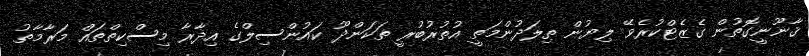
ޤާނޫނީގޮތުން ގެޒެޓްކުރެވޭ ލިޔުން ތިލަދުންމަތީ އުތުރުބުރީ ތަކަންދޫ ކައުންސިލްގެ އިދާރާ މިސްކިތްތައް މަރާމާތު